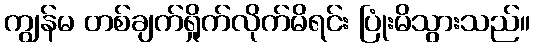
ကျွန်မ တစ်ချက်ရှိုက်လိုက်မိရင်း ပြုံးမိသွားသည်။